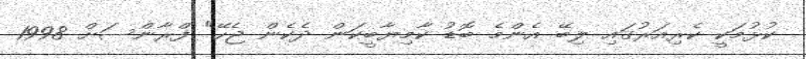
ކުޅުމަކީ ކެރިއަރުގައި ލިބޭ އެންމެ ބޮޑު ކާމިޔާބީކަން ދެކެން ޖެހޭ" ފްރާންސަށް 1998